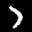
Label: 7